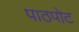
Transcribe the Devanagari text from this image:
पाठपोट